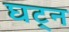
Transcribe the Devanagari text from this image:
घट्न